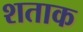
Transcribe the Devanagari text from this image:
शताक